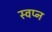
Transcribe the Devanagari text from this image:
स्वप्‍न